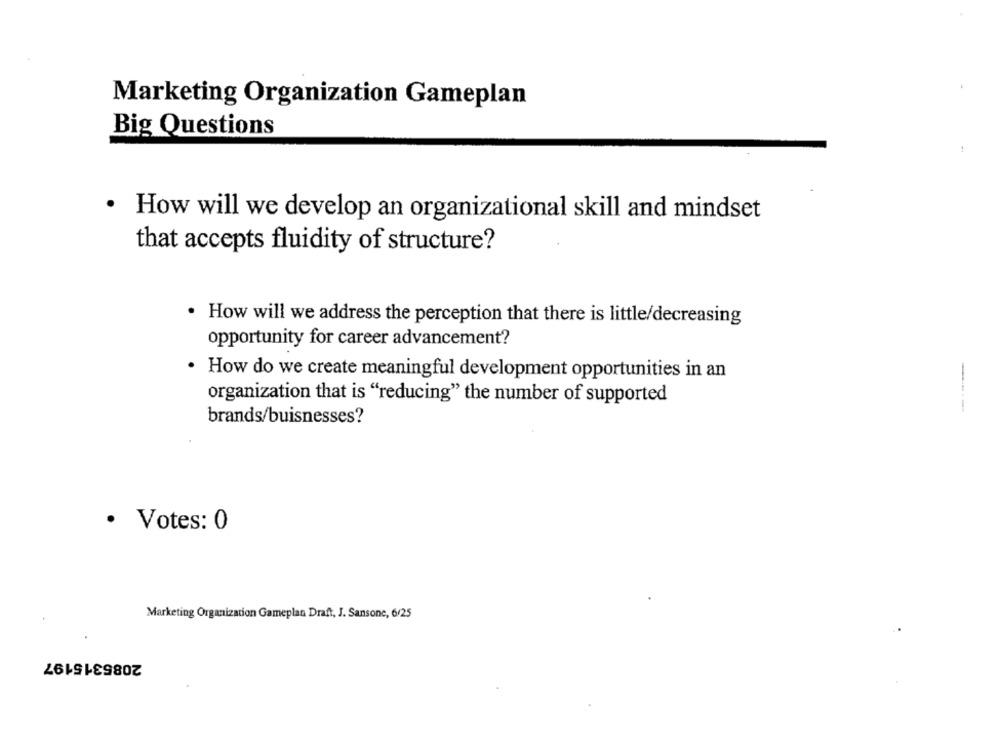
Marketing Organization Gameplan
Big Questions
· How will we develop an organizational skill and mindset
that accepts fluidity of structure?
· How will we address the perception that there is little/decreasing
opportunity for career advancement?
How do we create meaningful development opportunities in an
organization that is "reducing" the number of supported
brands/buisnesses?
· Votes: 0
Marketing Organization Gameplan Draft, J. Sansone, 6/25
2085315197